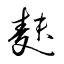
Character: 麸